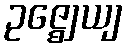
ဥဇ္ဈေယျ